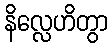
နိလ္လေဟိတွာ